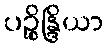
ပဉ္စိန္ဒြိယာ